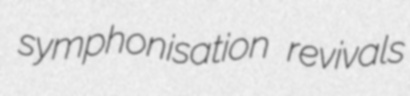
symphonisation revivals